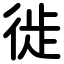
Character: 徙